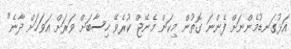
އަޅުގަނޑުމެންނަށް ފެންނަ ގޮތުން މިކަން މެނޭޖް ކުރެވޭ ހިސާބަށް ވަރަށް އަވަހަށް ދާނެ"